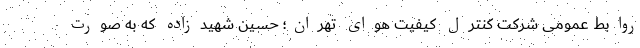
روابط عمومی شرکت کنترل کیفیت هوای تهران؛ حسین شهیدزاده که به صورت